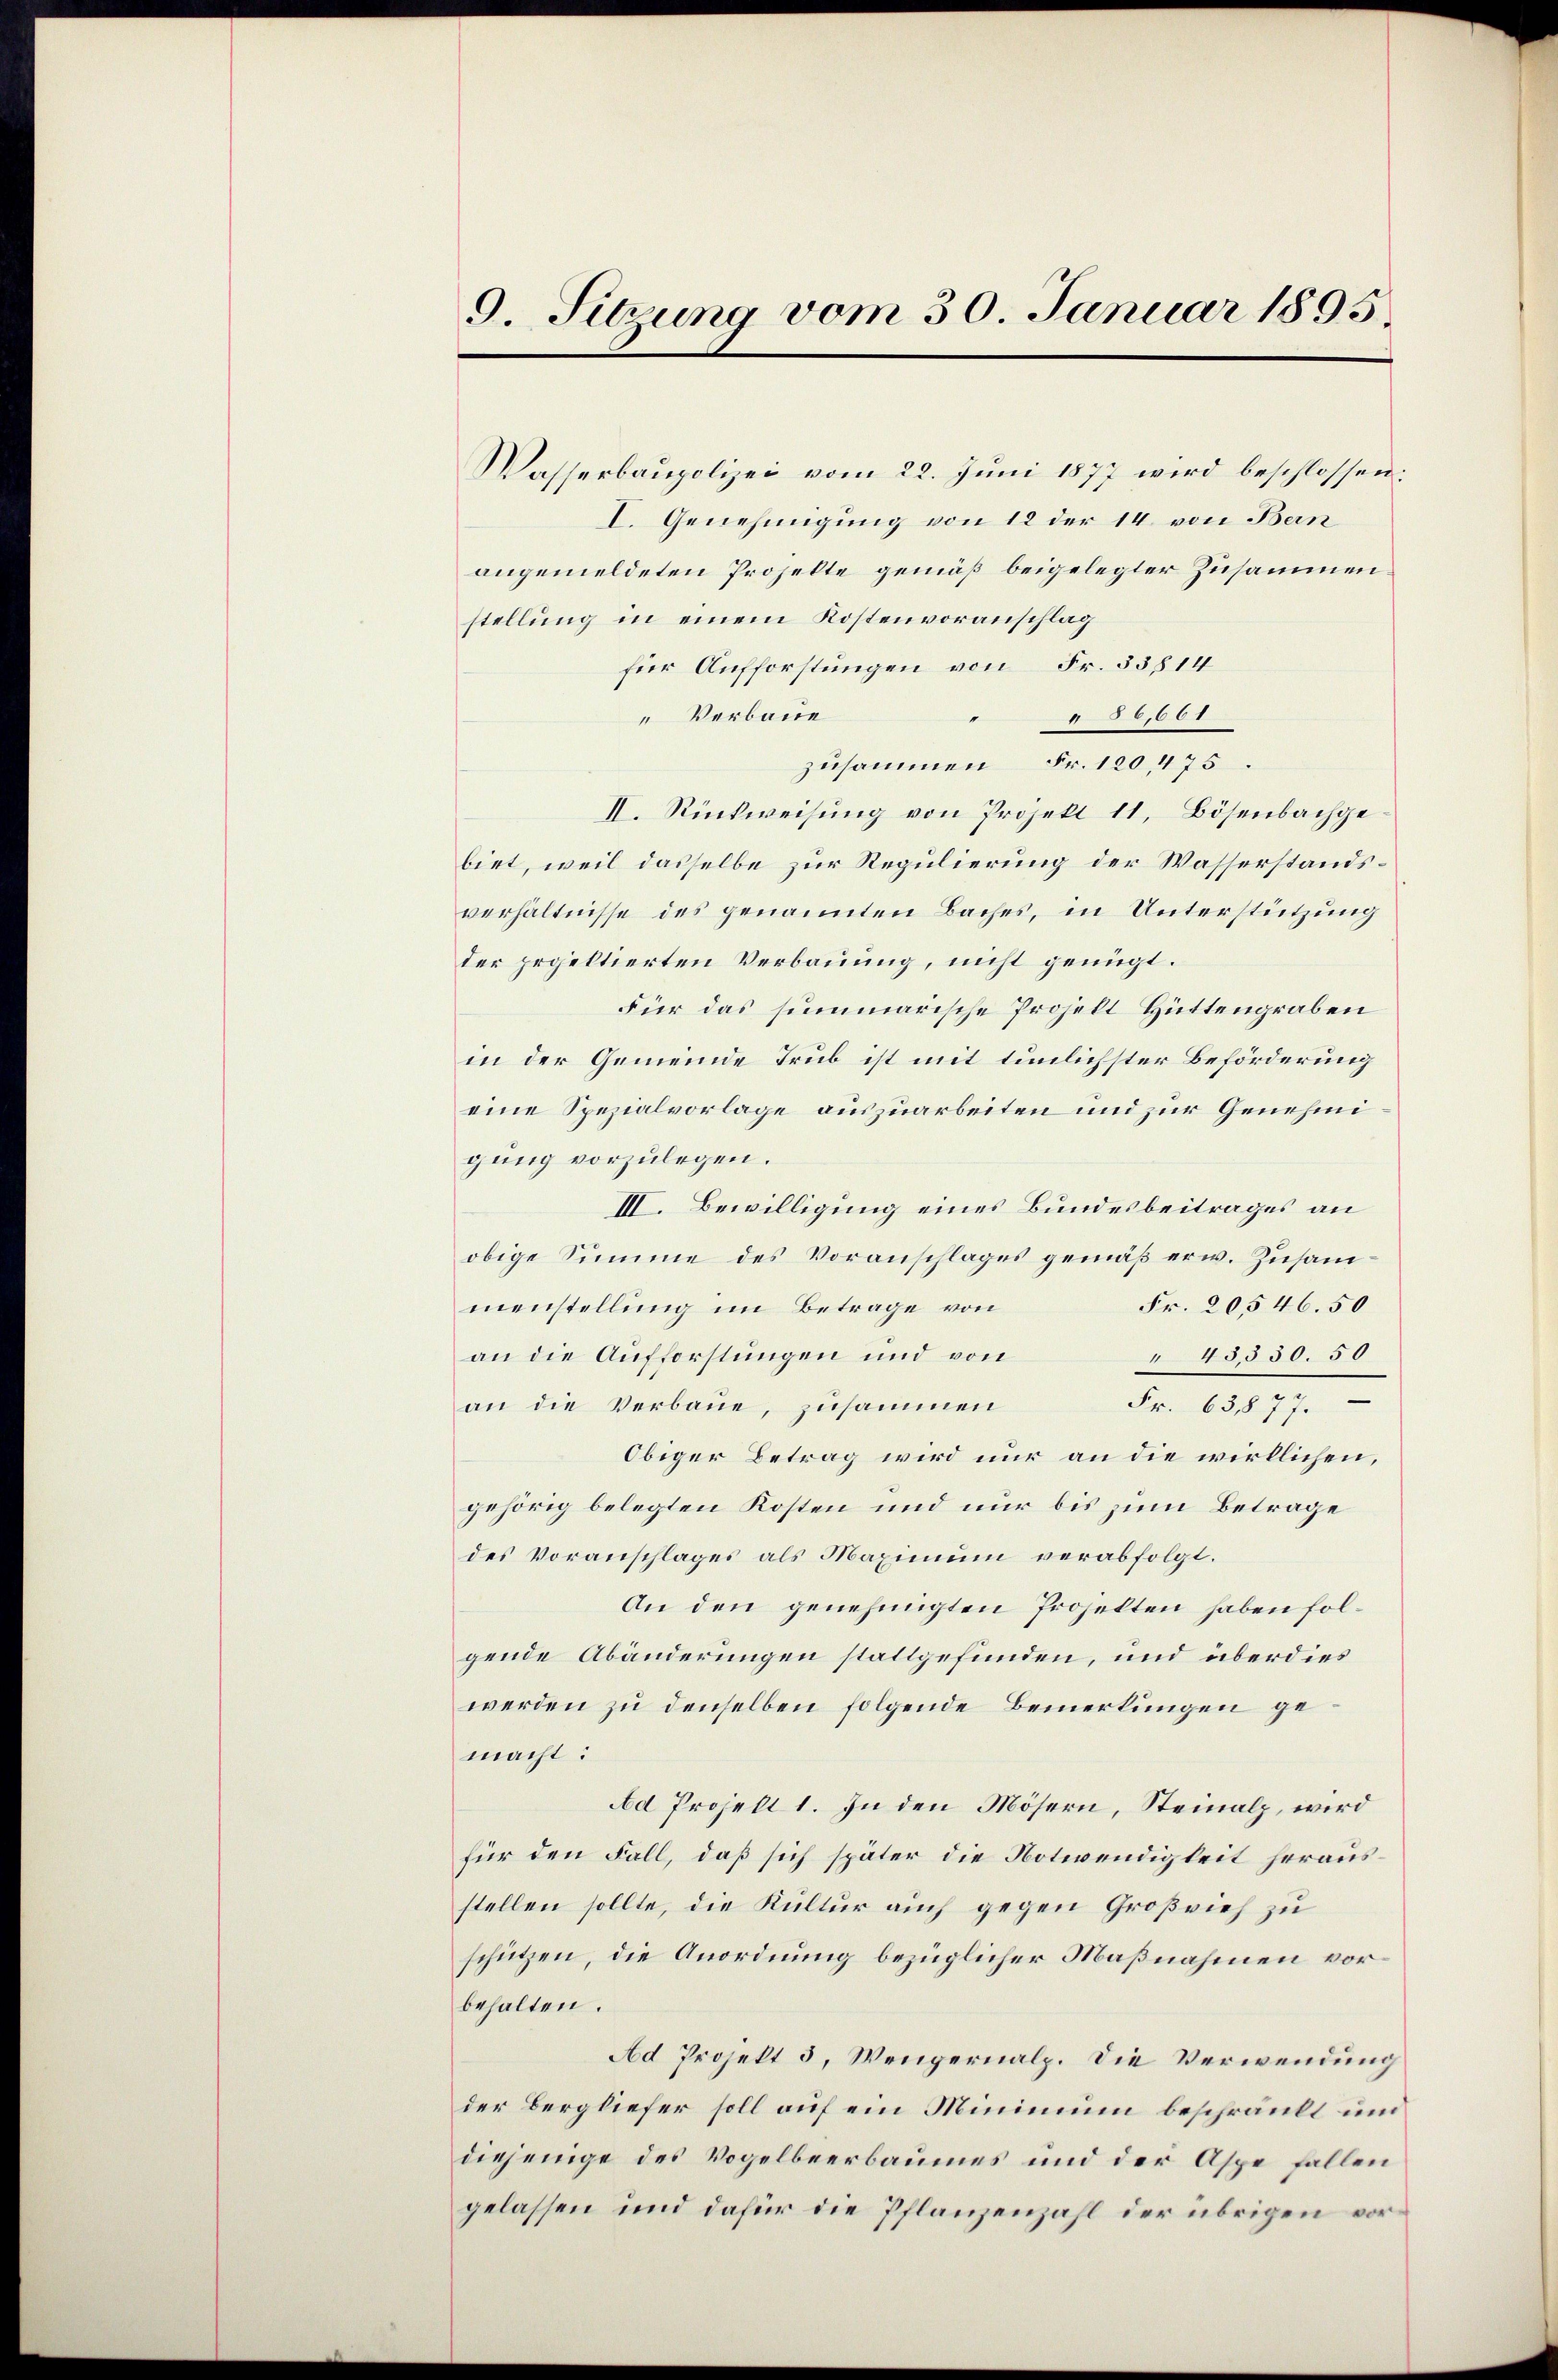
9. Sitzung vom 30. Januar 1895.

Wasserbaupolizei vom 22. Juni 1877 wird beschlossen:
I. Genehmigung von 12 der 14 von Bern
angemeldeten Propelte gemäß beigelegter Zusammenstellung in einem Kostenvoranschlag
für Aufforstungen von Fr. 33814
" Verbaue
36,661
zusammen Fr. 120, 475.
II. Rückweisung von Projekt 11, Bösenbachgebiet, weil dasselbe zur Regulierung der Wasserstandsverhältnisse des genannten Baches, in Unterstützung
der projektierten Verbauung, nicht genügt.
Für das summarische Projekt Hüttengraben
in der Gemeinde Trub ist mit tunlichster Beförderung
eine Spezialvorlage auszuarbeiten und zur Genehmigung vorzulegen.
III. Bewilligung eines Bundesbeitrages an
obige Summe des Voranschlages gemäß erw. Zusam¬
Fr. 20,546. 50
menstellung im Betrage von
an die Aufforstungen und von
" 43,330. 50
Fr. 18177
an die Verbaue, zusammen
Obiger Betrag wird nur an die wirklichen,
gehörig belegten Kosten und nur bis zum Betrage
des Voranschlages als Maximum verabfolgt.
An den genehmigten Proselten haben folgende Abänderungen stattgefunden, und überdies
werden zu denselben folgende Bemerkungen gemacht:
Ad Projekt 1. In den Mösern, Steinalp, wird
für den Fall, daß sich später die Notwendigkeit herausstellen sollte, die Kultur auch gegen Großvieh zu
schützen, die Anordnung bezüglicher Maßnahmen vorbehalten.
Ad Projekt 3, Wengernalp. Die Verwendung
der Bergliefer soll auf ein Minimum beschränkt und
diejenige des Vogelbeerbaumes und der Aspe fallen
gelassen und dafür die Pflanzenzahl der übrigen vor¬